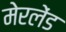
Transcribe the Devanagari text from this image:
मेरलेंड